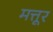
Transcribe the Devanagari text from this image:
मत्तूर